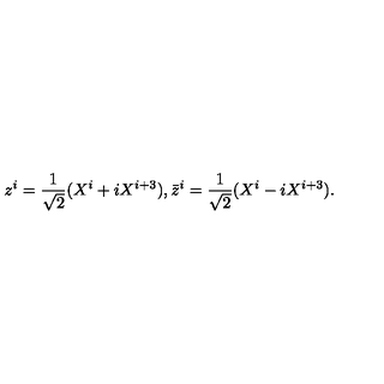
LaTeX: z ^ { i } = \frac { 1 } { \sqrt { 2 } } ( X ^ { i } + i X ^ { i + 3 } ) , \bar { z } ^ { i } = \frac { 1 } { \sqrt { 2 } } ( X ^ { i } - i X ^ { i + 3 } ) .